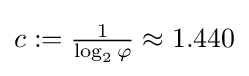
c:={\tfrac {1}{\log _{2}\varphi }}\approx 1.440